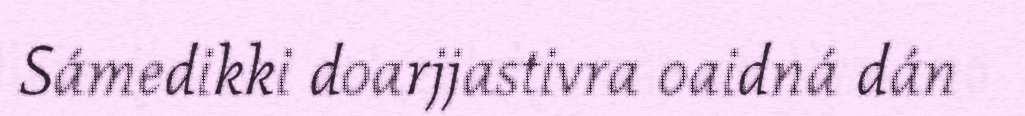
Sámedikki doarjjastivra oaidná dán